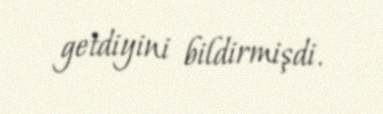
getdiyini bildirmişdi.